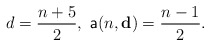
\begin{align*}d=\frac{n+5}{2},\ \mathsf{a}(n,\mathbf{d})=\frac{n-1}{2}.\end{align*}